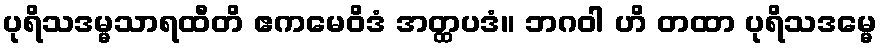
ပုရိသဒမ္မသာရထီတိ ဧကမေဝိဒံ အတ္ထပဒံ။ ဘဂဝါ ဟိ တထာ ပုရိသဒမ္မေ